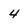
Character: 4